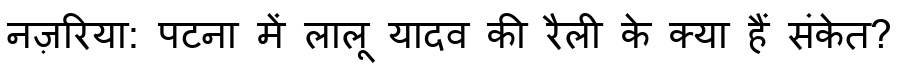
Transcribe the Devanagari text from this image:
नज़रिया: पटना में लालू यादव की रैली के क्या हैं संकेत?